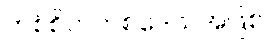
တစ်စိတ်တစ်ဒေသအဖြစ်